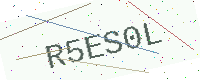
Text: R5ES0L